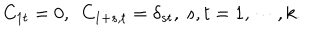
C _ { 1 t } = 0 , ~ ~ C _ { 1 + s , t } = \delta _ { s t } , ~ s , t = 1 , \cdots , k .